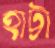
হাট্টা